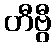
တီဗွီ